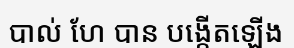
បាល់ ហែ បាន បង្កើតឡើង